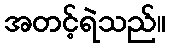
အတင့်ရဲသည်။